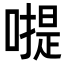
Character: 𠽮